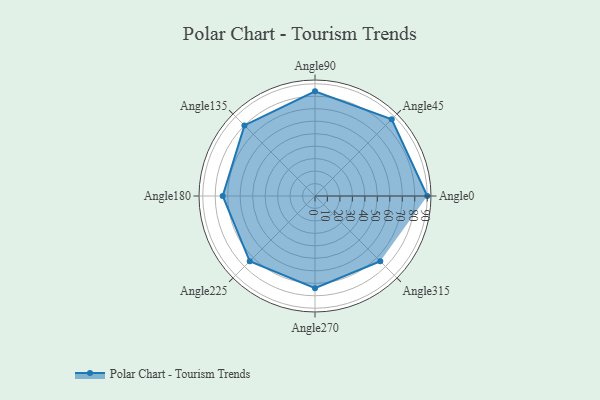
{"axis": {"x": "Angle", "y": "Radius"}, "legend": [""], "data": [{"x": "Angle0", "y": 90.0, "type": ""}, {"x": "Angle45", "y": 87.0, "type": ""}, {"x": "Angle90", "y": 84.0, "type": ""}, {"x": "Angle135", "y": 80.0, "type": ""}, {"x": "Angle180", "y": 74.0, "type": ""}, {"x": "Angle225", "y": 74.0, "type": ""}, {"x": "Angle270", "y": 74.0, "type": ""}, {"x": "Angle315", "y": 74.0, "type": ""}]}